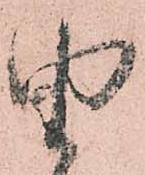
由